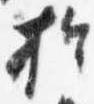
於